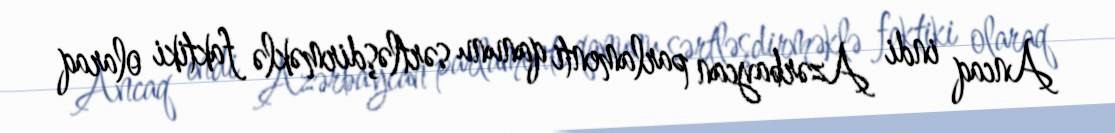
Ancaq indi Azərbaycan parlamenti qanunu sərtləşdirməklə faktiki olaraq